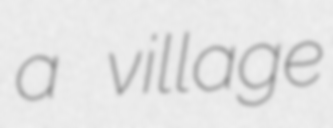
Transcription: a village